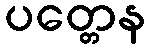
ပတ္တေန